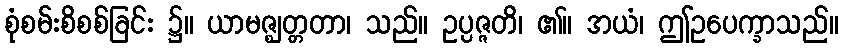
စုံစမ်းစိစစ်ခြင်း ၌။ ယာမဇ္ဈတ္တတာ၊ သည်။ ဥပ္ပဇ္ဇတိ၊ ၏။ အယံ၊ ဤဥပေက္ခာသည်။